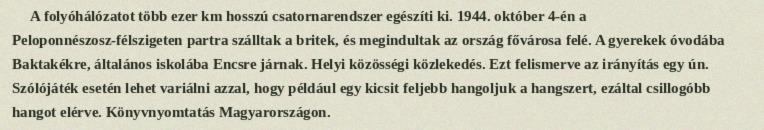
A folyóhálózatot több ezer km hosszú csatornarendszer egészíti ki. 1944. október 4-én a Peloponnészosz-félszigeten partra szálltak a britek, és megindultak az ország fővárosa felé. A gyerekek óvodába Baktakékre, általános iskolába Encsre járnak. Helyi közösségi közlekedés. Ezt felismerve az irányítás egy ún. Szólójáték esetén lehet variálni azzal, hogy például egy kicsit feljebb hangoljuk a hangszert, ezáltal csillogóbb hangot elérve. Könyvnyomtatás Magyarországon.